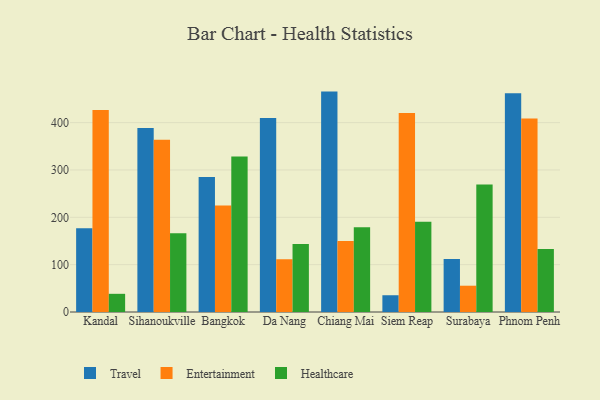
{"axis": {"x": "City", "y": "Energy Usage (MWh)"}, "legend": ["Entertainment", "Healthcare", "Travel"], "data": [{"x": "Kandal", "y": 176.9, "type": "Travel"}, {"x": "Kandal", "y": 426.9, "type": "Entertainment"}, {"x": "Kandal", "y": 38.4, "type": "Healthcare"}, {"x": "Sihanoukville", "y": 388.6, "type": "Travel"}, {"x": "Sihanoukville", "y": 363.8, "type": "Entertainment"}, {"x": "Sihanoukville", "y": 166.3, "type": "Healthcare"}, {"x": "Bangkok", "y": 285.0, "type": "Travel"}, {"x": "Bangkok", "y": 225.1, "type": "Entertainment"}, {"x": "Bangkok", "y": 328.4, "type": "Healthcare"}, {"x": "Da Nang", "y": 410.0, "type": "Travel"}, {"x": "Da Nang", "y": 111.5, "type": "Entertainment"}, {"x": "Da Nang", "y": 143.5, "type": "Healthcare"}, {"x": "Chiang Mai", "y": 465.5, "type": "Travel"}, {"x": "Chiang Mai", "y": 149.9, "type": "Entertainment"}, {"x": "Chiang Mai", "y": 179.2, "type": "Healthcare"}, {"x": "Siem Reap", "y": 35.4, "type": "Travel"}, {"x": "Siem Reap", "y": 420.4, "type": "Entertainment"}, {"x": "Siem Reap", "y": 190.8, "type": "Healthcare"}, {"x": "Surabaya", "y": 112.2, "type": "Travel"}, {"x": "Surabaya", "y": 55.5, "type": "Entertainment"}, {"x": "Surabaya", "y": 269.1, "type": "Healthcare"}, {"x": "Phnom Penh", "y": 462.2, "type": "Travel"}, {"x": "Phnom Penh", "y": 408.7, "type": "Entertainment"}, {"x": "Phnom Penh", "y": 133.3, "type": "Healthcare"}]}